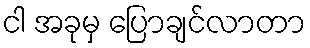
ငါ အခုမှ ပြောချင်လာတာ